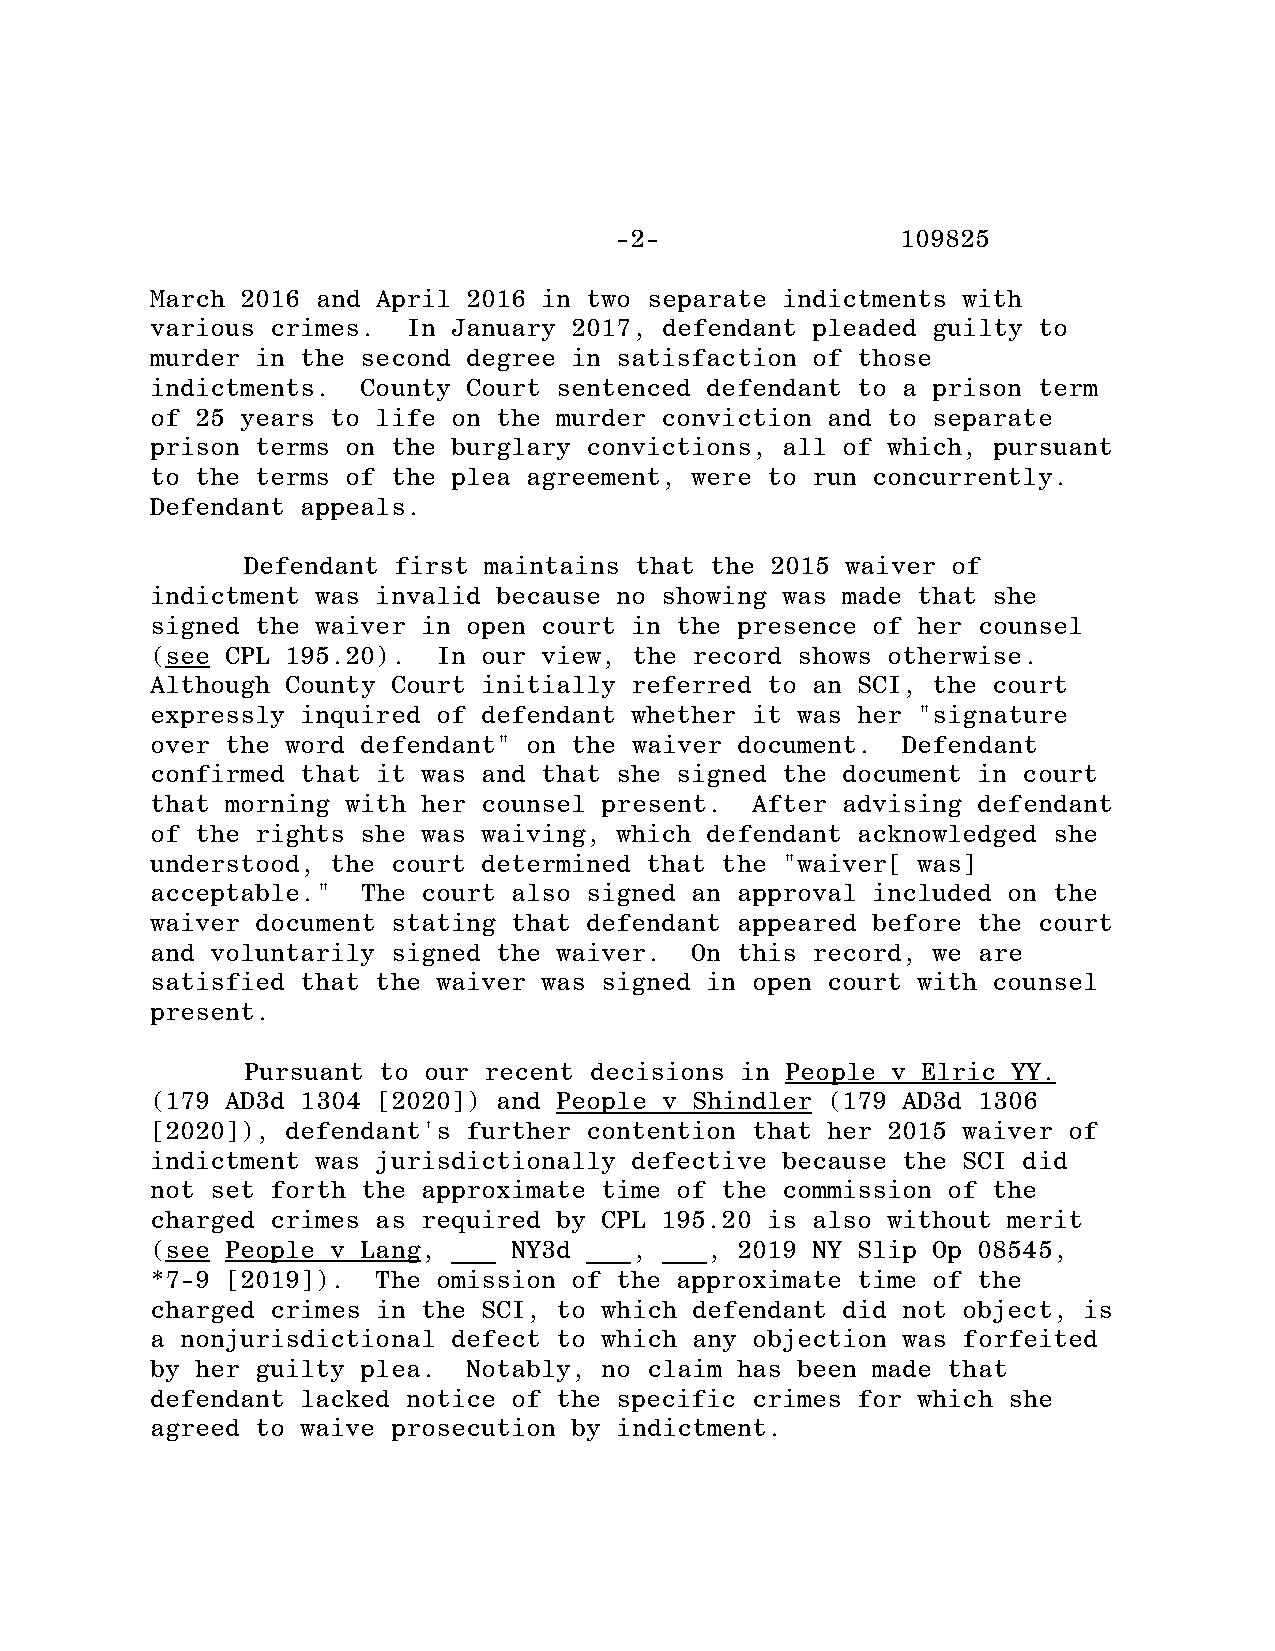
-2-                109825
 March 2016 and April 2016 in two separate indictments with
 various crimes.  In January 2017, defendant pleaded guilty to
 murder in the second degree in satisfaction of those
 indictments.  County Court sentenced defendant to a prison term
 of 25 years to life on the murder conviction and to separate
 prison terms on the burglary convictions, all of which, pursuant
 to the terms of the plea agreement, were to run concurrently.
 Defendant appeals.
 Defendant first maintains that the 2015 waiver of
 indictment was invalid because no showing was made that she
 signed the waiver in open court in the presence of her counsel
 (see CPL 195.20).  In our view, the record shows otherwise.
 Although County Court initially referred to an SCI, the court
 expressly inquired of defendant whether it was her "signature
 over the word defendant" on the waiver document.  Defendant
 confirmed that it was and that she signed the document in court
 that morning with her counsel present.  After advising defendant
 of the rights she was waiving, which defendant acknowledged she
 understood, the court determined that the "waiver[ was]
 acceptable."  The court also signed an approval included on the
 waiver document stating that defendant appeared before the court
 and voluntarily signed the waiver.  On this record, we are
 satisfied that the waiver was signed in open court with counsel
 present.
 Pursuant to our recent decisions in People v Elric YY.
 (179 AD3d 1304 [2020]) and People v Shindler (179 AD3d 1306
 [2020]), defendant's further contention that her 2015 waiver of
 indictment was jurisdictionally defective because the SCI did
 not set forth the approximate time of the commission of the
 charged crimes as required by CPL 195.20 is also without merit
 (see People v Lang, ___ NY3d ___, ___, 2019 NY Slip Op 08545,
 *7-9 [2019]).  The omission of the approximate time of the
 charged crimes in the SCI, to which defendant did not object, is
 a nonjurisdictional defect to which any objection was forfeited
 by her guilty plea.  Notably, no claim has been made that
 defendant lacked notice of the specific crimes for which she
 agreed to waive prosecution by indictment.